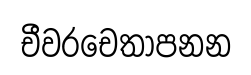
චීවරචෙතාපනන